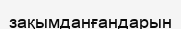
зақымданғандарын